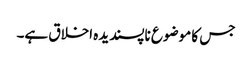
جس کا موضوع ناپسندیدہ اخلاق ہے۔